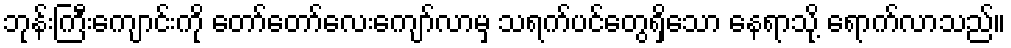
ဘုန်းကြီးကျောင်းကို တော်တော်လေးကျော်လာမှ သရက်ပင်တွေရှိသော နေရာသို့ ရောက်လာသည်။